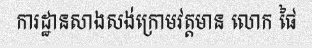
ការដ្ឋានសាងសង់ក្រោមវត្តមាន លោក ផៃ